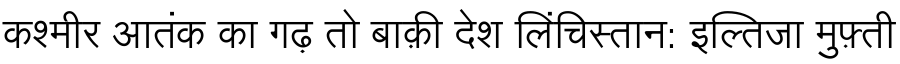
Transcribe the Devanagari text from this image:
कश्मीर आतंक का गढ़ तो बाक़ी देश लिंचिस्तान: इल्तिजा मुफ़्ती